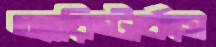
অ্যারিস্টার্কাস